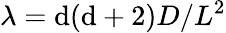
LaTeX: \lambda=\mathrm{d}(\mathrm{d}+2)D/L^{2}